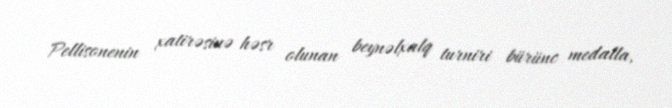
Pellisonenin xatirəsinə həsr olunan beynəlxalq turniri bürünc medalla,